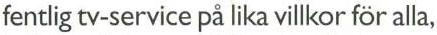
fentlig tv-service på lika villkor för alla,